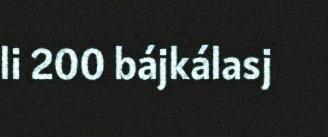
li 200 bájkálasj